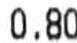
0.80